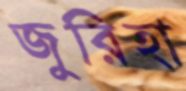
জুরিহা